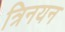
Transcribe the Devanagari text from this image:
त्रिनयन